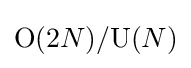
\mathrm {O} (2N)/\mathrm {U} (N)